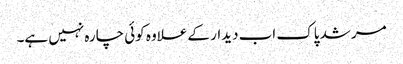
مرشد پاک اب دیدار کے علاوہ کوئی چارہ نہیں ہے۔